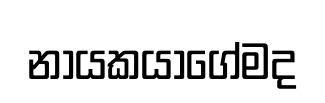
නායකයාගේමද